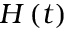
H \left( t \right)